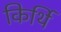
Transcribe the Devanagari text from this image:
किर्थि